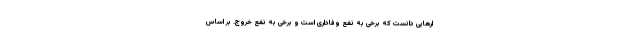
ارهایی دانست که برخی به نفع وفاداری است و برخی به نفع خروج. بر اساس